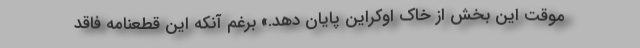
موقت این بخش از خاک اوکراین پایان دهد.» برغم آنکه این قطعنامه فاقد